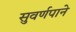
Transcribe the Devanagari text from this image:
सुवर्णपाने